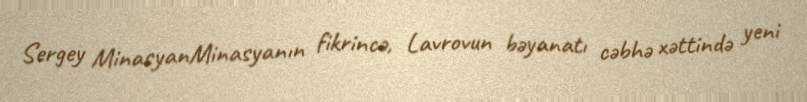
Sergey MinasyanMinasyanın fikrincə, Lavrovun bəyanatı cəbhə xəttində yeni